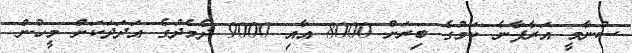
ސުނާމީ އަރާފާނެ ކަމުގެ ބިރަށް 8000 އާއި 9000 ދެމެދުގެ އަދަދަކަށް މީހުން